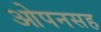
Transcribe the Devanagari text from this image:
ओपनसह